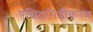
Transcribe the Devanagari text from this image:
एसिटामिडीकरण